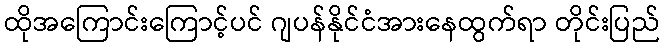
ထိုအကြောင်းကြောင့်ပင် ဂျပန်နိုင်ငံအားနေထွက်ရာ တိုင်းပြည်